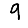
Digit: 9